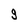
Character: g